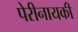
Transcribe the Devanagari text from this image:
पेरीनायकी